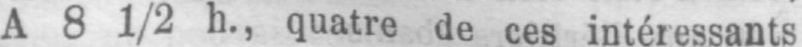
A 81/2 h., quatre de ces intéressants